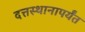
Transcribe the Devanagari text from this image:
दत्तस्थानापर्यंत